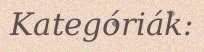
Kategóriák: